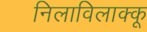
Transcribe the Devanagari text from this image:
निलाविलाक्कू